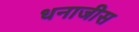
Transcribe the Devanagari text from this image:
धनाजीस